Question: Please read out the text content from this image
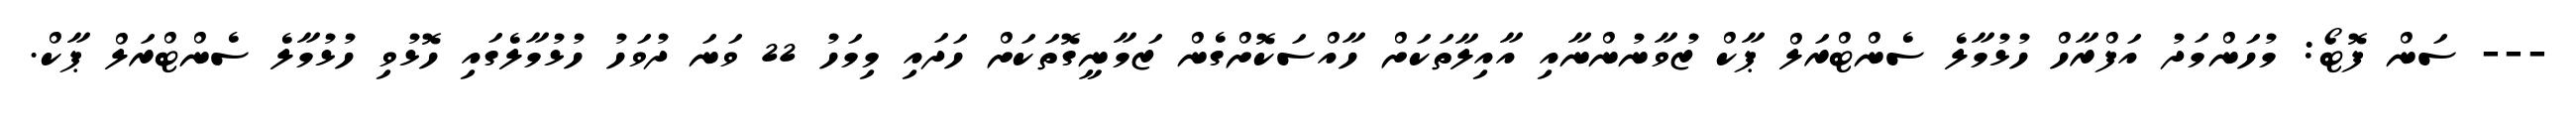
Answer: --- ސަން ފޮޓޯ: މުހަންމަދު އަފްރާހް ހުޅުމާލެ ސެންޓްރަލް ޕާކް ޒުވާނުންނާއި އާއިލާތަކަށް ހާއްސަކޮށްގެން ޒަމާނީގޮތަކަށް ހަދައި މިމަހު 22 ވަނަ ދުވަހު ހުޅުމާލެގައި ހޮޅުވި ހުޅުމާލެ ސެންޓްރަލް ޕާކް.